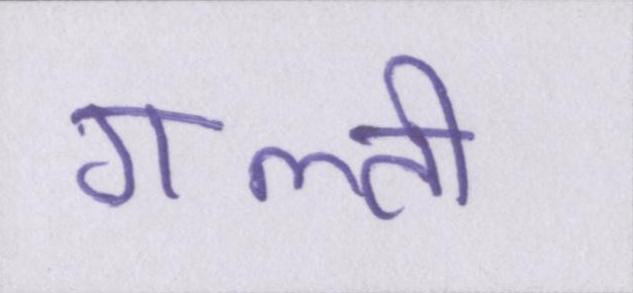
गल्ती